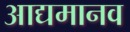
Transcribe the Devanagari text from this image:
आद्यमानव